system: You are a helpful assistant.
user:
Analyze the provided spectrum to determine if it is a **M-type Giant (gM)**.

A M-type Giant spectrum is defined by its **strong molecular absorption** features, particularly from **Titanium Oxide (TiO)**. You must check for one of the following mutually exclusive signatures:

- **Key Visual Indicators (Absorption-Dominated Spectrum):**

    - **(Primary):** The spectrum is dominated by strong molecular absorption from **Titanium Oxide (TiO)**. This is the **defining feature** of its M-type temperature class.
        - **(Key Bandheads):** Look for sharp, "saw-tooth" absorption valleys. The strongest are located near **~7050 Å**, **~6160 Å**, and **~5170 Å**.
        - **(Line Profile):** The "saw-tooth" morphology is critical: a **sharp, steep drop on the BLUE (short-wavelength) side** of the bandhead, followed by a gradual recovery (rising flux) towards the RED (long-wavelength) side.

    - **(Key Confirmation - Giant vs. Dwarf):** **ABSENCE** of strong **Calcium Hydride (CaH)** molecular bands. This is the primary diagnostic for *excluding* M-dwarfs.
        - **(Key Region):** The spectrum should lack the strong, broad absorption band seen in dwarfs between **~6800 Å and ~7000 Å**.

    - **(Secondary Confirmation - Giant):** A very strong and broad **Neutral Calcium (Ca I)** atomic absorption line.
        - **(Key Line):** Located at **~4226 Å**. In a giant (gM), this line is significantly deeper and broader than the same line in an M-dwarf (dM) due to low surface gravity.

    - **(Overall Spectrum):**
        - The continuum is **extremely red-sloping** (i.e., flux is very low in the blue and rises dramatically towards the red).
        - The entire spectrum appears "chopped up" by the deep TiO bands.

Think first, call **spectral_visualization_tool** if needed to examine features in detail, then provide your final answer. Your response must adhere to the following strict rules:
1.  **Overall Structure:** Your response must follow the format `<think>...</think> <tool_call>...</tool_call> (if a tool is used) <answer>...</answer>`.
2.  **Tool Usage Constraint:** You may only make **one** tool call per turn.
3.  **Final Answer Format:** In the `<answer>` tag, your conclusion must be inside a `\boxed{}` command (e.g., `\boxed{YES}` or `\boxed{NO}`), followed by your justification.

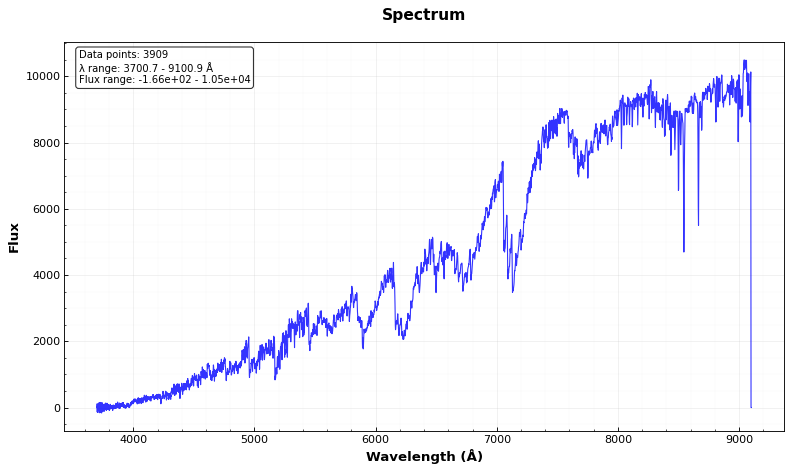
Answer: YES